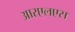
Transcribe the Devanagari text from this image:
आरएलएस